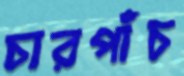
চারপাঁচ